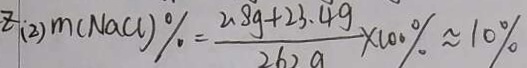
z ( 2 ) m ( N a C l ) \% = \frac { 2 . 8 g + 2 3 . 4 g } { 2 6 2 9 } \times 1 0 0 \% \approx 1 0 \%